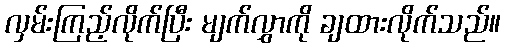
လှမ်းကြည့်လိုက်ပြီး မျက်လွှာကို ချထားလိုက်သည်။